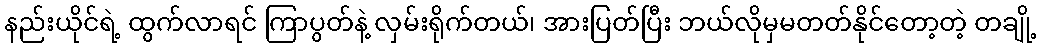
နည်းယိုင်ရဲ့ ထွက်လာရင် ကြာပွတ်နဲ့ လှမ်းရိုက်တယ်၊ အားပြတ်ပြီး ဘယ်လိုမှမတတ်နိုင်တော့တဲ့ တချို့